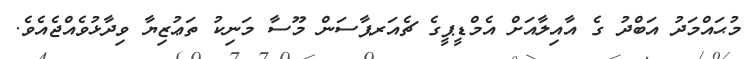
މުޙައްމަދު އަބްދު ގެ އާއިލާއަށް އެމްޑީޕީގެ ޗެއަރޕާސަން މޫސާ މަނިކު ތަޢުޒިޔާ ވިދާޅުވެއްޖެއެވެ.